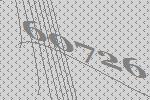
60726